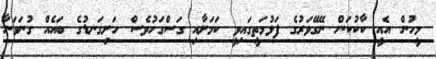
މީހުން އެއީ ކާކުކަން ނޭގޭވަރުގެ ފަޅުމަތީގައިވީ ކަމަށާއި ގަސްގަހުވެސް ހަށިގަނޑުގެ ބައެއް ގުނަވަނާ